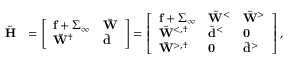
\begin{array} { r l } { \tilde { \mathbf { H } } } & { = \left[ \begin{array} { l l } { \mathbf { f } + \boldsymbol { \Sigma } _ { \infty } } & { \tilde { \mathbf { W } } } \\ { \tilde { \mathbf { W } } ^ { \dagger } } & { \tilde { \mathbf { d } } } \end{array} \right] = \left[ \begin{array} { l l l } { \mathbf { f } + \boldsymbol { \Sigma } _ { \infty } } & { \tilde { \mathbf { W } } ^ { < } } & { \tilde { \mathbf { W } } ^ { > } } \\ { \tilde { \mathbf { W } } ^ { < , \dagger } } & { \tilde { \mathbf { d } } ^ { < } } & { \mathbf { 0 } } \\ { \tilde { \mathbf { W } } ^ { > , \dagger } } & { \mathbf { 0 } } & { \tilde { \mathbf { d } } ^ { > } } \end{array} \right] , } \end{array}